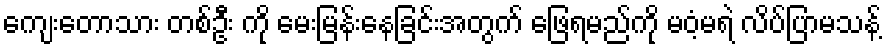
ကျေးတောသား တစ်ဦး ကို မေးမြန်းနေခြင်းအတွက် ဖြေရမည်ကို မဝံ့မရဲ လိပ်ပြာမသန့်